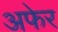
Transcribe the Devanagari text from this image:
अफेर